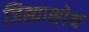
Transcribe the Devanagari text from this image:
जिह्वाशोथ